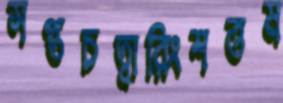
সপ্তচত্বারিংশত্তম